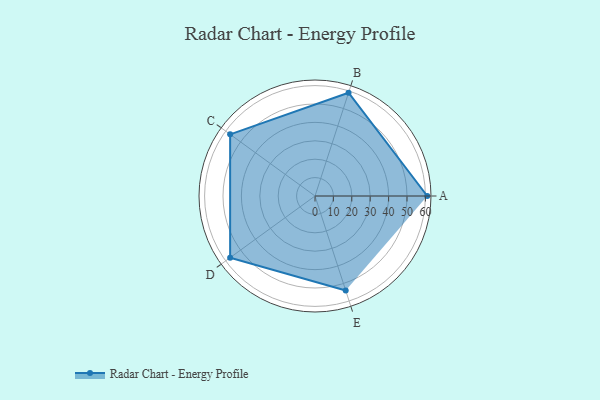
{"axis": {"x": "Skill", "y": "Score"}, "legend": ["Profile"], "data": [{"x": "A", "y": 61.0, "type": "Profile"}, {"x": "B", "y": 59.0, "type": "Profile"}, {"x": "C", "y": 57.0, "type": "Profile"}, {"x": "D", "y": 57.0, "type": "Profile"}, {"x": "E", "y": 54.0, "type": "Profile"}]}